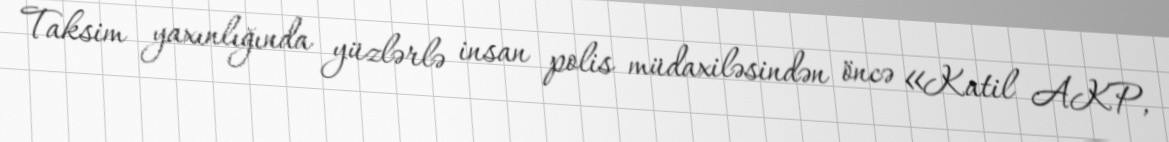
Taksim yaxınlığında yüzlərlə insan polis müdaxiləsindən öncə «Katil AKP,